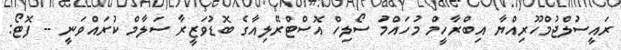
ރައީސުލްޖުމްހޫރިއްޔާ އިބްރާހީމް މުހައްމަު ސޯލިހް އޮސްޓްރޭލިއާގެ ބޮޑުވަޒީރާ ސަލާމް ކުރައްވަނީ -- ފޮޓޯ: